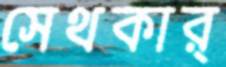
সেথকার্